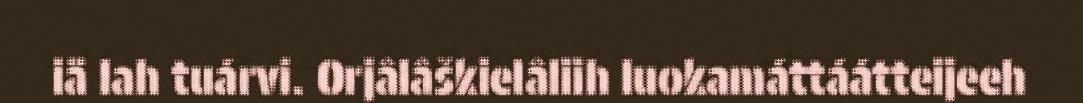
iä lah tuárvi. Orjâlâškielâliih luokamáttáátteijeeh